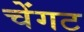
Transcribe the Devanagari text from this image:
चेंगट